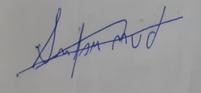
Signature authenticity: forged